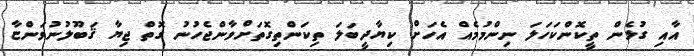
އާއި ގުޅެން ތީކޮންކަހަލަ ނިންމުމެއް އެހަށް ކިޔާދީބަލަ ތިކަންތިގޮތަށްވާންޖެހުނު ގޮތް ޖިޔާ ޤަބޫލުނުވަންޏާ